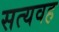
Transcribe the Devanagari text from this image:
सत्यवह